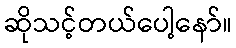
ဆိုသင့်တယ်ပေါ့နော်။